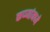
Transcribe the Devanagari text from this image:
कप्प्यांमध्ये